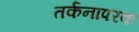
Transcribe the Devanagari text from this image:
तर्कनापरक